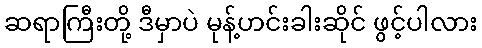
ဆရာကြီးတို့ ဒီမှာပဲ မုန့်ဟင်းခါးဆိုင် ဖွင့်ပါလား